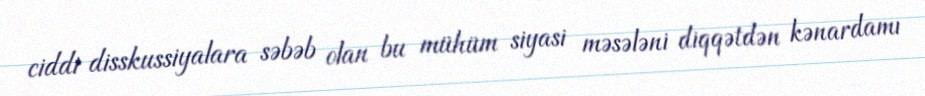
ciddi disskussiyalara səbəb olan bu mühüm siyasi məsələni diqqətdən kənardamı